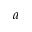
a